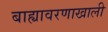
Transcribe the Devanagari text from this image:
बाह्यावरणाखाली